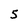
Character: 5